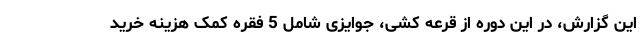
این گزارش، در این دوره از قرعه کشی، جوایزی شامل 5 فقره کمک هزینه خرید